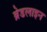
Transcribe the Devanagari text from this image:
ब्रेडलाइन